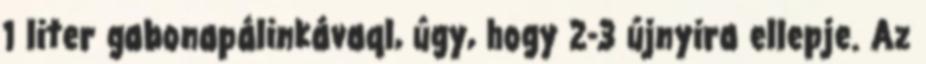
1 liter gabonapálinkávaql, úgy, hogy 2-3 újnyira ellepje. Az